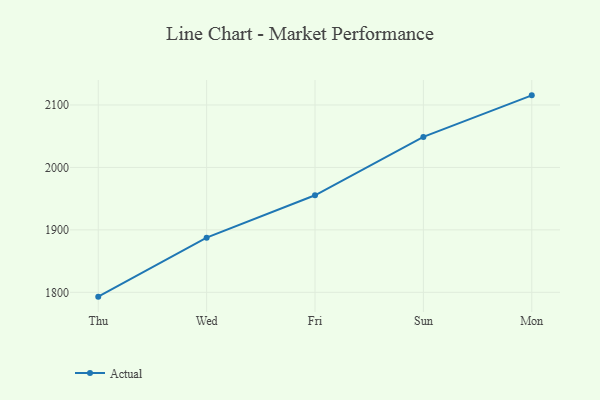
{"axis": {"x": "Day", "y": "Active Users"}, "legend": ["Actual"], "data": [{"x": "Thu", "y": 1793.1, "type": "Actual"}, {"x": "Wed", "y": 1887.5, "type": "Actual"}, {"x": "Fri", "y": 1955.4, "type": "Actual"}, {"x": "Sun", "y": 2048.9, "type": "Actual"}, {"x": "Mon", "y": 2115.4, "type": "Actual"}]}